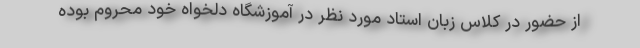
از حضور در کلاس زبان استاد مورد نظر در آموزشگاه دلخواه خود محروم بوده